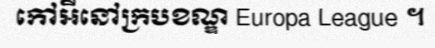
កៅអីនៅក្របខណ្ឌ Europa League ។